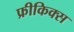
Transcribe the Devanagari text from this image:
फ्रीकिक्स